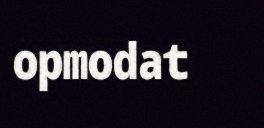
opmodat